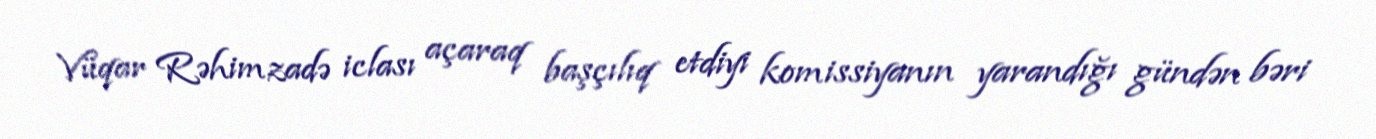
Vüqar Rəhimzadə iclası açaraq başçılıq etdiyi komissiyanın yarandığı gündən bəri